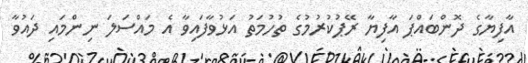
އާފިޔާގެ ދޮންބައްޕަ އާފިޔާ ރޭޕުކުރުމުގެ ތުހުމަތު އަޅުވާފައިވާ އެ މައްސަލަ ނިންމައި ދައުވާ